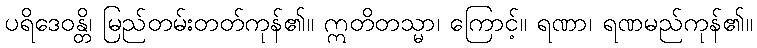
ပရိဒေဝန္တိ၊ မြည်တမ်းတတ်ကုန်၏။ ဣတိတသ္မာ၊ ကြောင့်။ ရဏာ၊ ရဏမည်ကုန်၏။